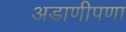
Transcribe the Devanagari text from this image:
अडाणीपणा